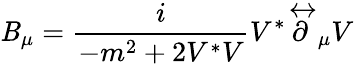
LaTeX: \mathit{B}_{\mu}=\frac{{i}}{{-m^{2}+2V^{*}V}}V^{*}\stackrel\leftrightarrow\partial_{\mu}V